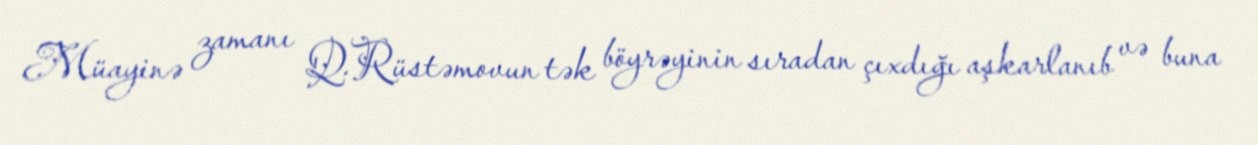
Müayinə zamanı Q.Rüstəmovun tək böyrəyinin sıradan çıxdığı aşkarlanıb və buna